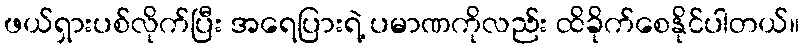
ဖယ်ရှားပစ်လိုက်ပြီး အရေပြားရဲ့ ပမာဏကိုလည်း ထိခိုက်စေနိုင်ပါတယ်။